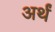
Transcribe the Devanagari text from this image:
अर्थं